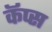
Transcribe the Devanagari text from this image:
कॅप्स